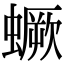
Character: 蟩